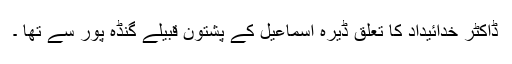
ڈاکٹر خدائیداد کا تعلق ڈیرہ اسماعیل کے پشتون قبیلے گنڈہ پور سے تھا ۔